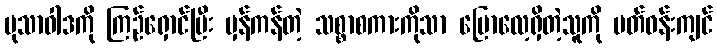
မုသာဝါဒကို ကြဉ်ရှောင်ပြီး မှန်ကန်တဲ့ သစ္စာစကားကိုသာ ပြောလေ့ရှိတဲ့သူကို ပတ်ဝန်းကျင်